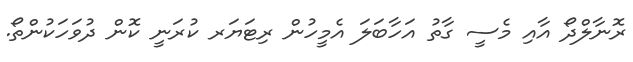
ރޮނާލްދޯ އާއި މެސީ ގާތު އަހާބަލަ އެމީހުން ރިޓަޔަރ ކުރަނީ ކޮން ދުވަހަކުންތޯ.